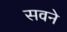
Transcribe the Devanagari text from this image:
सवने